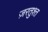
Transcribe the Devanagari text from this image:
ज़रतुश्त